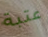
عتبة